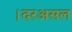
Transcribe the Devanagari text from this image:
।दरअसल